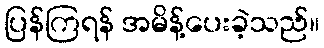
ပြန်ကြရန် အမိန့်ပေးခဲ့သည်။